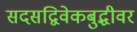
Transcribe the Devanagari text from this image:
सदसद्विवेकबुद्धीवर